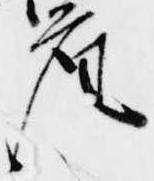
座